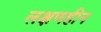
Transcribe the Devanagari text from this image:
लक्षणहीन